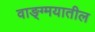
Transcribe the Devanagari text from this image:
वाङ्ग्मयातील